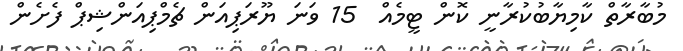
މުބާރާތް ކާމިޔާބުކުރާނީ ކޮން ޓީމެއް  15 ވަނަ ޔޫރަޕިއަން ޗެމްޕިއަންޝިޕް ފެށެން